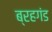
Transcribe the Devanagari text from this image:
ब्रहगंड